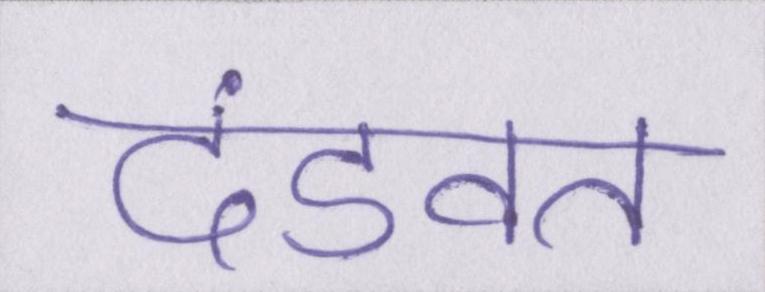
दंडवत